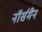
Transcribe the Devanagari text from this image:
नॉर्समैन